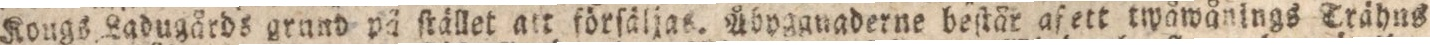
Kougs Ladugårds grund på ſtället att förſäljas. Åbpgguaderne beſtär afett twåwånings Trähus